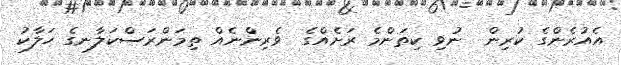
އެއުރެންގެ ކުރިން  ނުވި ކިތަންމެ ރަށެއްގެ  ވެރިންނެއް ތިމަންރަސްކަލާނގެ ހަލާކު